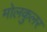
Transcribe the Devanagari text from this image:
मोलकुलर